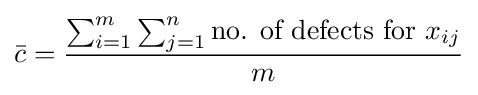
{\bar {c}}={\frac {\sum _{i=1}^{m}\sum _{j=1}^{n}{\mbox{no. of defects for }}x_{ij}}{m}}